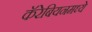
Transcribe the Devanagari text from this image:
कॅरेबियनमध्ये